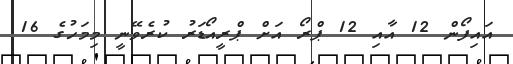
އައިފޯން 12 އާއި 12 ޕްރޯ އަށް ޕްރީއޯޑަރު ކުރެވޭނީ މިމަހުގެ 16